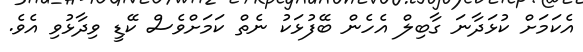
އެކަމަށް ކުޅަދާނަ ގާބިލް އެހެން ބޭފުޅަކު ނެތް ކަމަށްވެސް ކޭޑީ ވިދާޅުވި އެވެ.